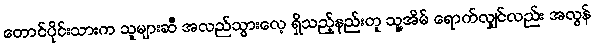
တောင်ပိုင်းသားက သူများဆီ အလည်သွားလေ့ ရှိသည့်နည်းတူ သူ့အိမ် ရောက်လျှင်လည်း အလွန်